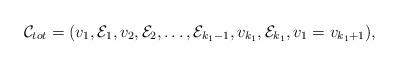
LaTeX: \begin{align*}{\cal C}_{tot} = (v_1,{\cal E}_1, v_2, {\cal E}_2,\ldots,{\cal E}_{k_1-1},v_{k_1}, {\cal E}_{k_1}, v_1 = v_{k_1+1}),\end{align*}